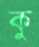
কু